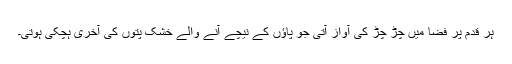
ہر قدم پر فضا میں چڑ چڑ کی آواز آتی جو پاؤں کے نیچے آنے والے خشک پتوں کی آخری ہچکی ہوتی۔